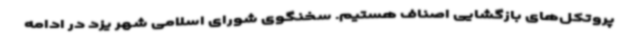
پروتکل‌های بازگشایی اصناف هستیم. سخنگوی شورای اسلامی شهر یزد در ادامه